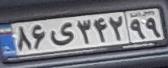
۸۶ی۳۴۲۹۹